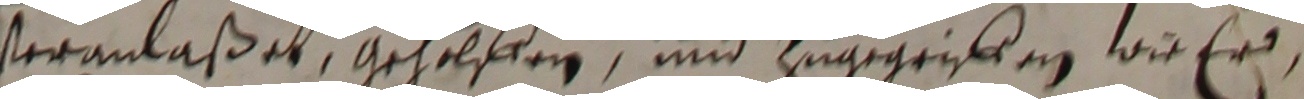
veranlaßet, geholffen und zugegriken, wie er